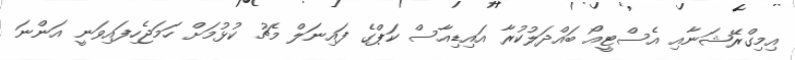
އިމިގްރޭޝަނާއި އެސްޓީއޯ ބައްދަލުކުރާ އައިޑިއާސް ކަޕްގެ ފައިނަލް މެޗު ކުޅުމަށް ހަމަޖެހިފައިވަނީ އަންނަ